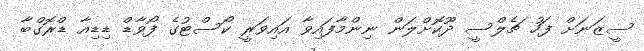
ސީޒަނަށް ފަހު ޗެލްސީ ދޫކޮށްލަން ނިންމާފައިވާ އައިވަރީ ކޯސްޓުގެ ފޯވާޑް ޑިޑިއާ ޑްރޮގްބާ